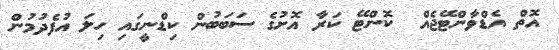
އޮތް އެޑްވާންޓޭޖެއް  ކޮންޓޭ ކަރާ އޮށުގެ ސަބަބުން ކިޑްނީގައި ހިލަ އުފެދުމުން